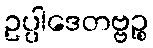
ဥပ္ပါဒေတဗ္ဗဉ္စ